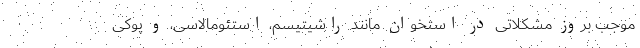
موجب بروز مشکلاتی در استخوان مانند راشیتیسم، استئومالاسی، و پوکی